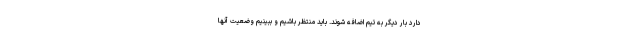
دارد بار دیگر به تیم اضافه شوند. باید منتظر باشیم و ببینیم وضعیت آنها